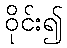
ဝိုင်း၍